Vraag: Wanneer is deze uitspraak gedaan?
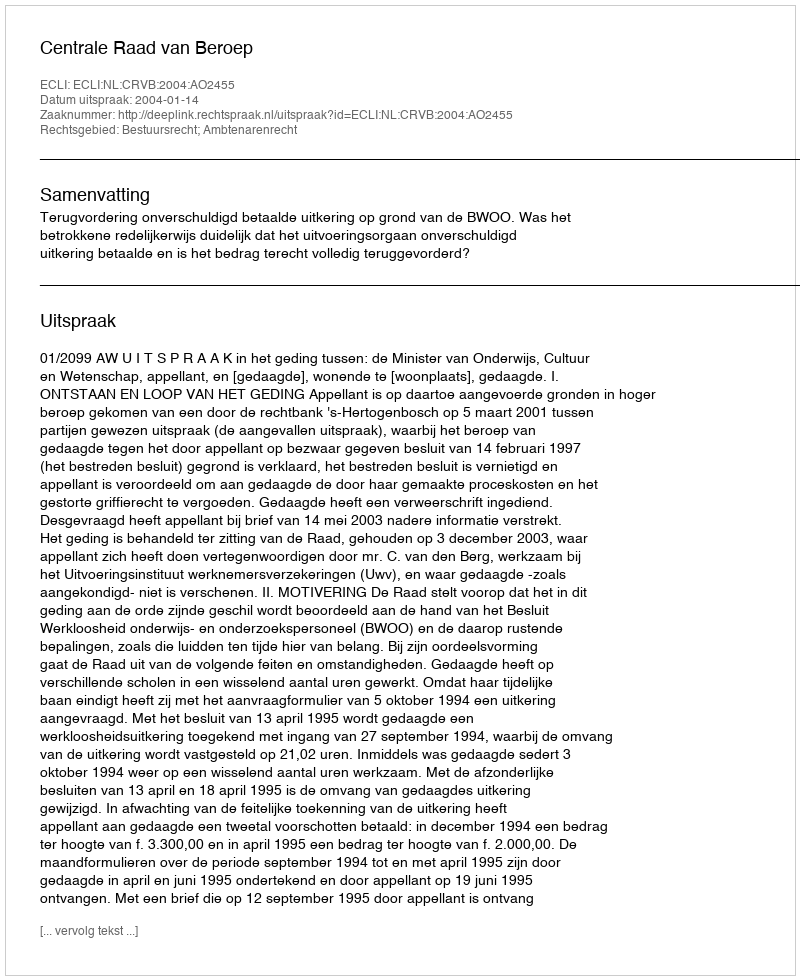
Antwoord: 2004-01-14